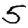
Digit: 5